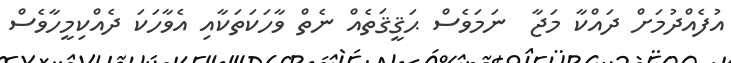
އުފެއްދުމަށް ދައްކާ މަޖާ  ނަމަވެސް ޙަޤީޤަތެއް ނެތް ވާހަކަތަކާއި އެވާހަކަ ދެެއްކިމީހާވެސް